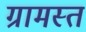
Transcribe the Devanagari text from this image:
ग्रामस्त